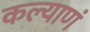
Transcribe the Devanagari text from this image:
कल्याणं